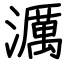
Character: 濿